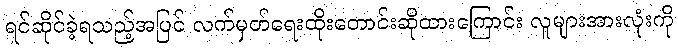
ရင်ဆိုင်ခဲ့ရသည့်အပြင် လက်မှတ်ရေးထိုးတောင်းဆိုထားကြောင်း လူများအားလုံးကို